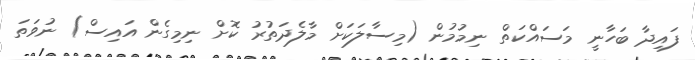
ފައިދާ ބަހާނީ މަސައްކަތް ނިމުމުން (މިސާލަކަށް މާލެދަތުރު ކޮށް ނިމިގެން އައިސް) ނުވަތަ